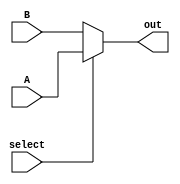
module Mux(A,B,select,out);
input A,B,select;
output out;
assign out = select ?A:B; //assign out = (A&S)|(B&~S)
endmodule